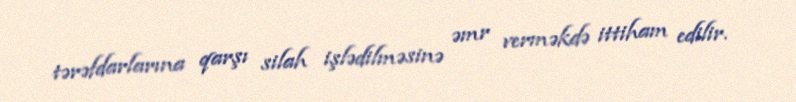
tərəfdarlarına qarşı silah işlədilməsinə əmr verməkdə ittiham edilir.